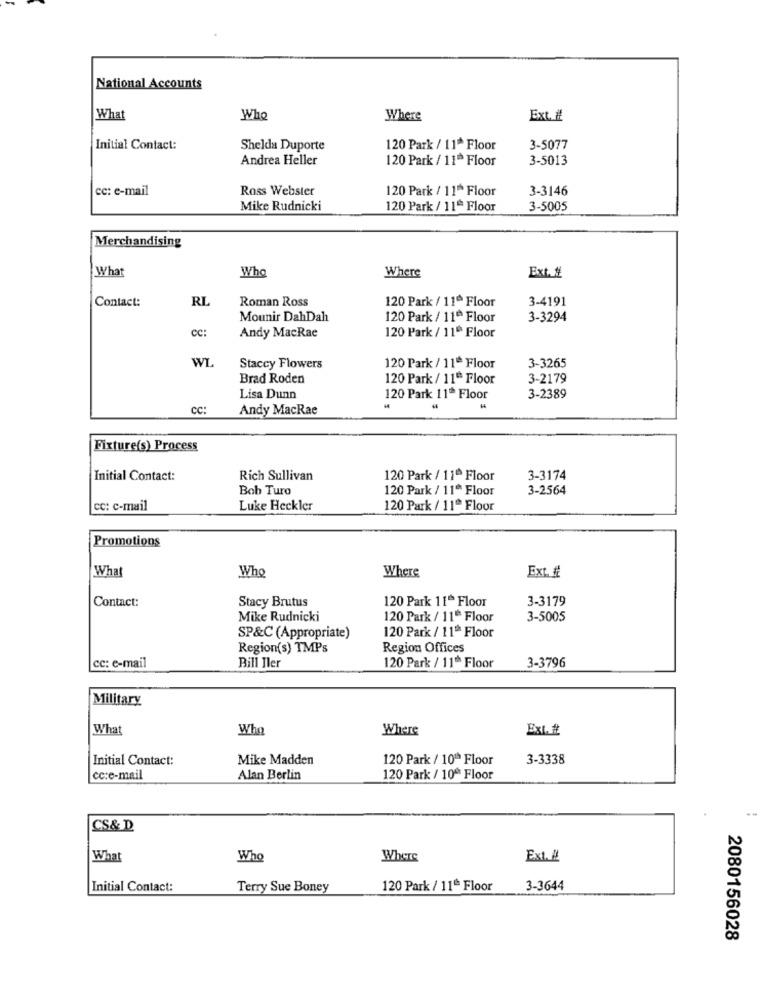
National Accounts
What
Who
Where
Ext. #
Initial Contact:
Shelda Duporte
120 Park / 11* Floor
3-5077
Andrea Heller
120 Park / 11 Floor
3-5013
cc: e-mail
Ross Webster
120 Park / 11* Floor
3-3146
Mike Rudnicki
120 Park / 11* Floor
3-5005
Merchandising
What
Who
Where
Ext. #
Contact:
RL
Roman Ross
120 Park / 11 Floor
3-4191
Mounir DahDah
120 Park / 11* Floor
3-3294
cc:
Andy MacRae
120 Park / 11 Floor
WI
Staccy Flowers
120 Park / 11* Floor
3-3265
Brad Roden
120 Park / 11" Floor
3-2179
Lisa Dunn
120 Park 11 Floor
3-2389
CC:
Andy MacRae
Fixture(s) Process
Initial Contact:
Rich Sullivan
120 Park / 11ª Floor
3-3174
Bob Turo
120 Park / 11 ** Floor
3-2564
cc: c-mail
Luke Heckler
120 Park / 11* Floor
Promotions
What
Who
Where
Ext. #
Contact:
Stacy Brutus
120 Park 110 Floor
3-3179
Mike Rudnicki
120 Park / 11* Floor
3-5005
120 Park / 11* Floor
SP&C (Appropriate)
Region(s) TMPs
Region Offices
3-3796
cc: e-mail
Bill Iler
120 Park / 11* Floor
Military
What
Who
Where
Ext. #
Initial Contact:
Mike Madden
120 Park / 10ª Floor
3-3338
cc:e-mail
Alan Berlin
120 Park / 10º Floor
CS& D
What
Who
Where
Ext. 14
Initial Contact:
Terry Sue Boney
120 Park / 11ª Floor
3-3644
2080156028